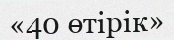
«40 өтірік»